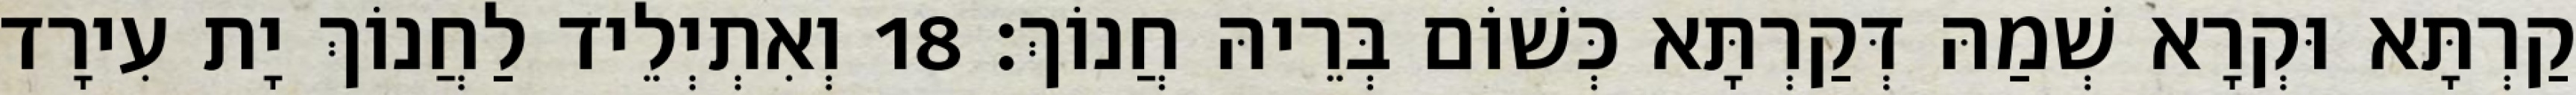
קַרְתָּא וּקְרָא שְׁמַהּ דְּקַרְתָּא כְּשׁוֹם בְּרֵיהּ חֲנוֹךְ׃ 18 וְאִתְיְלֵיד לַחֲנוֹךְ יָת עִירָד